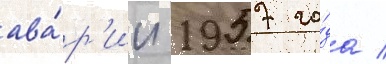
ава́р'ии 1957 го́да /